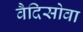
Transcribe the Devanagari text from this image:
वैदिसोवा